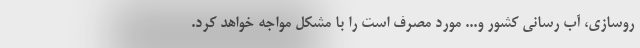
روسازی، آب رسانی کشور و... مورد مصرف است را با مشکل مواجه خواهد کرد.